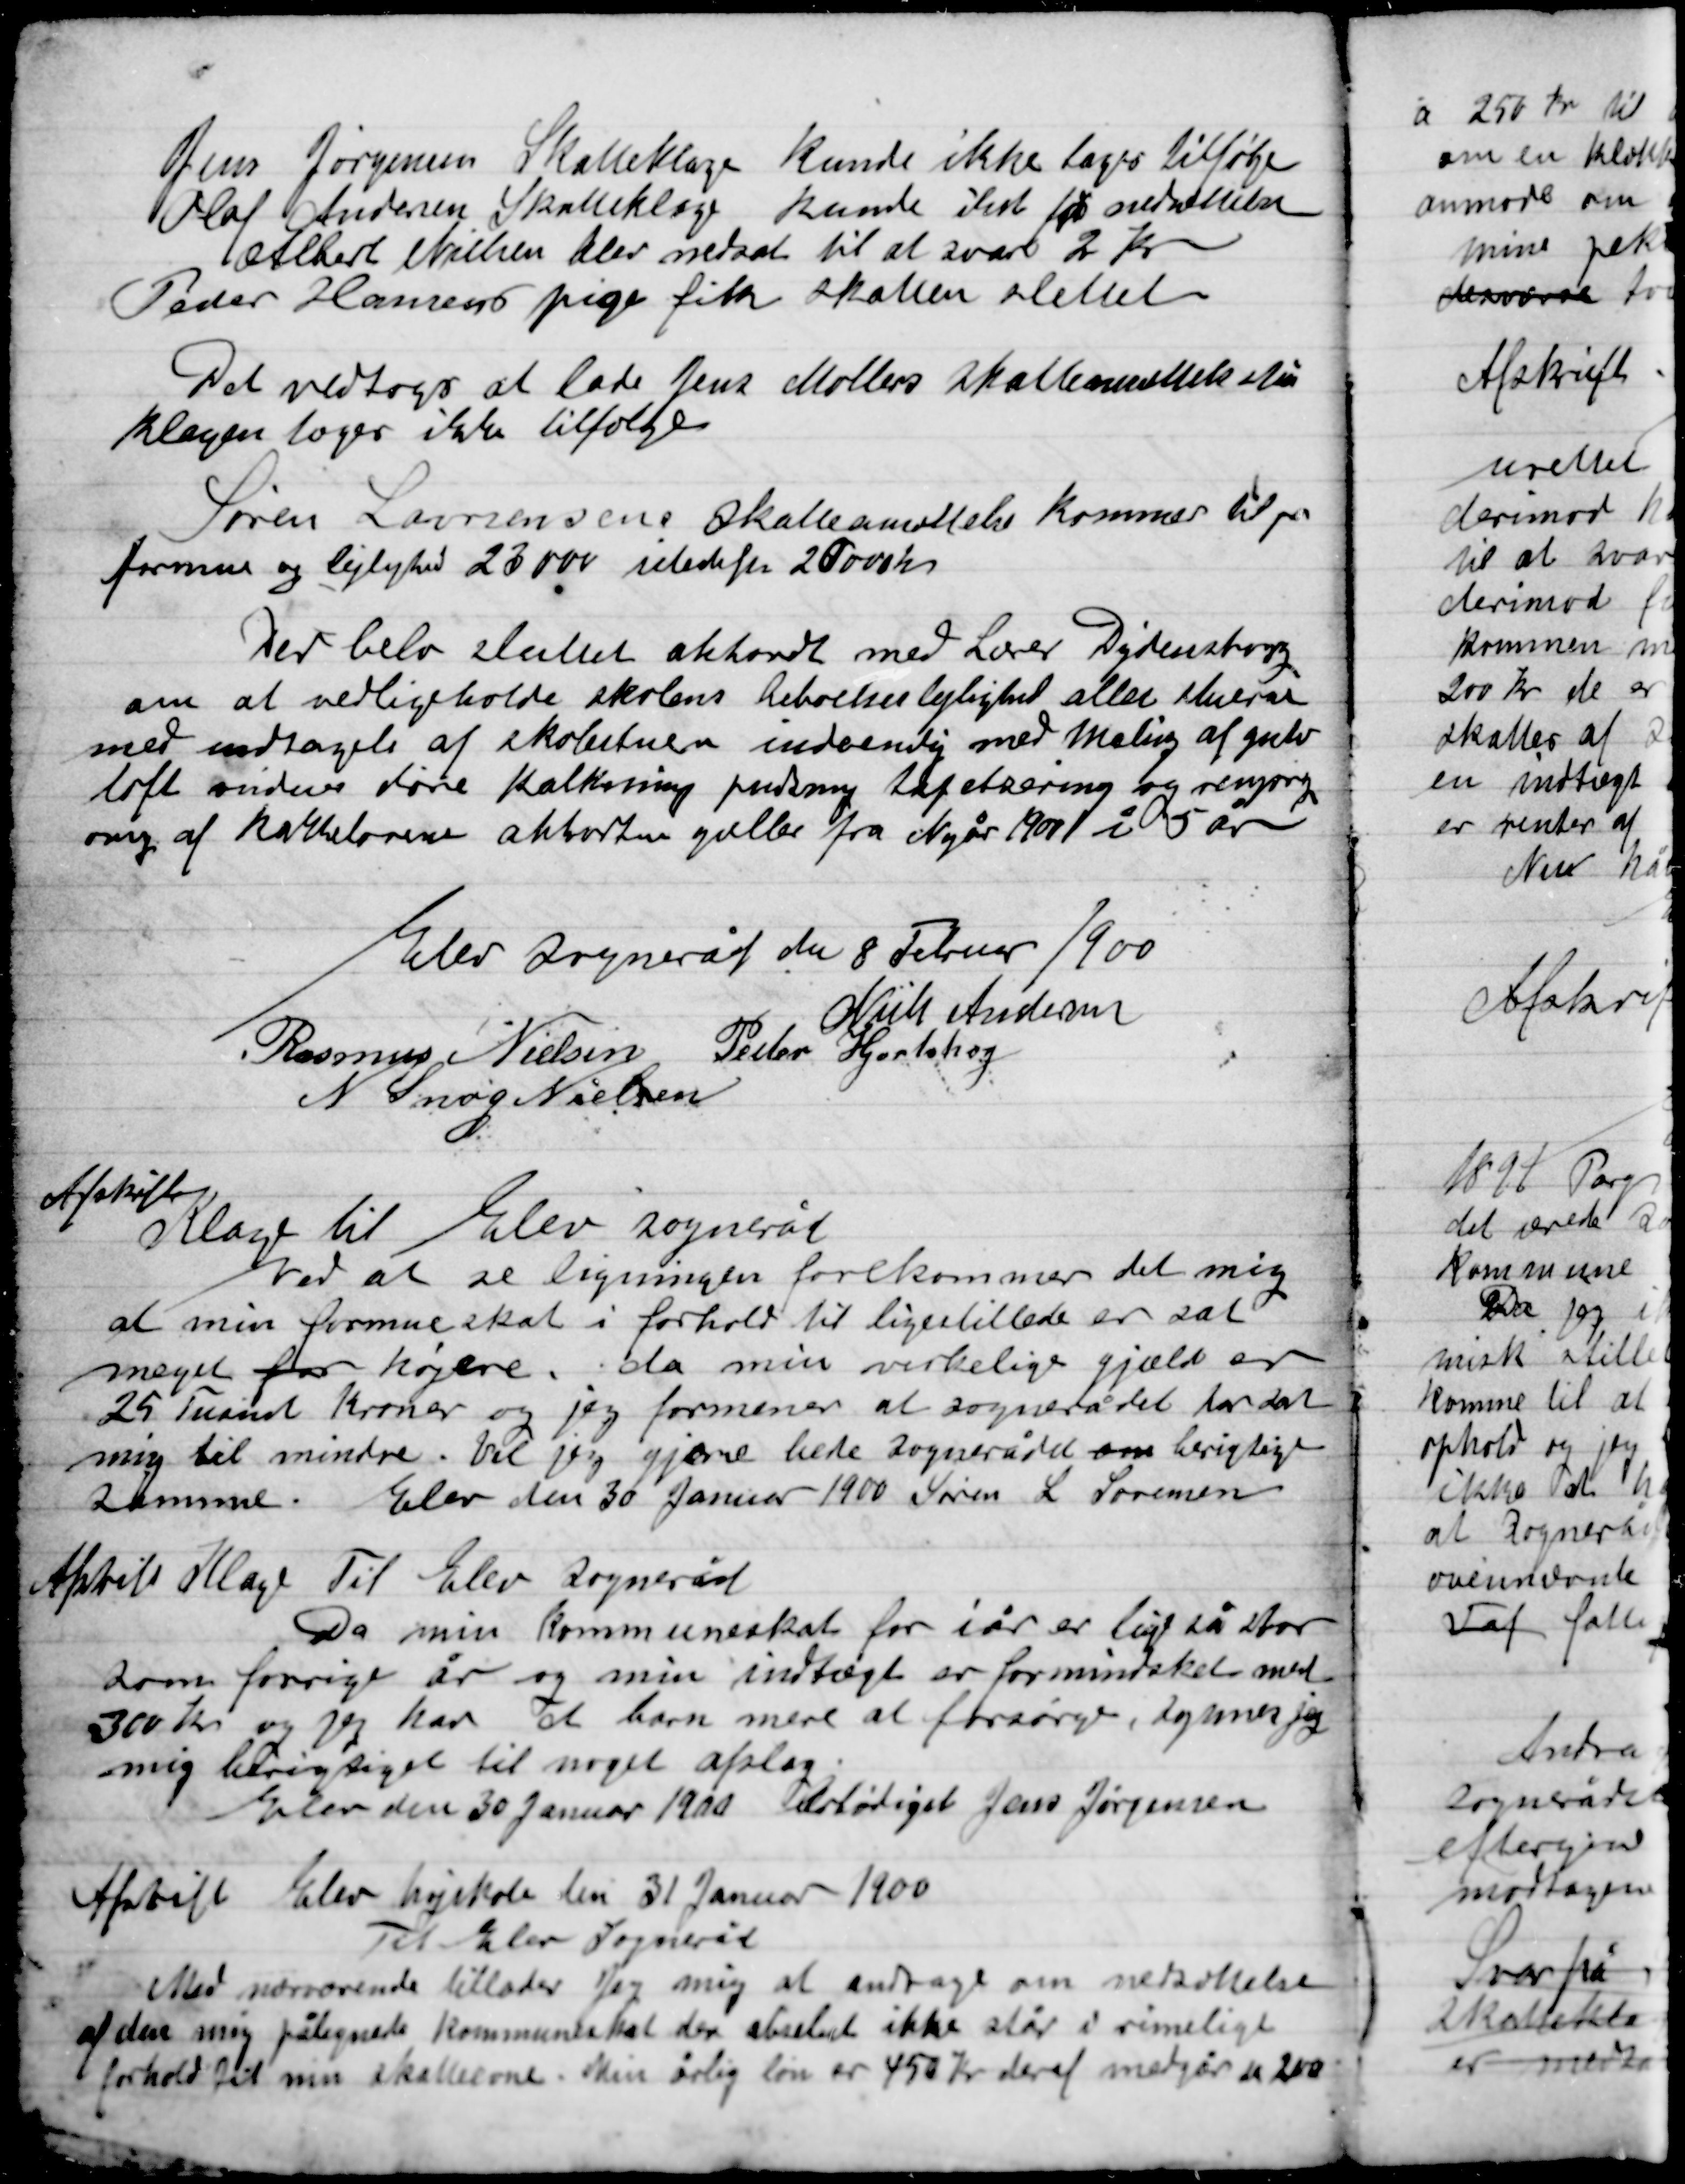
Transskription:
Jens Jørgensen Skatteklage Kunde ikke tages tilfølge
Olaf Andersens Skatteklage kunde ikke få nedsættelse
Albert Nielsen blev nedsat til at svare 2 Kr.
Peder Hansens pige fik skatten slettet
Det vedtoges at lade Jens Møllers skatteansættelse stå
Klagen tags ikke tilfølge
Søren Laurensens skatteansættelse kommer til pr
formue og lejlighed 23000 i stedet for 20000 Kr.
Der blev sluttet akkord med Lærer Dydensborg
Om at vedligeholde skolens beboelseslejlighed alle stuerne
Med undtagelse af skolestuen indvendig med maling af gulv
Loft vinduer døre kalkning pudsning tapetsering og rengøring
ovig af kakkelovnen akkorden gælder fra Nytår 1901 i 5 år.

Elev Sogneråd den 8 Februar 1900

Niels Andersen
Rasmus Nielsen
Peder Hjortshøj
N. Snog Nielsen

Afskrift
Klage til Elev Sogneråd
Ved at se Ligningen forekommer det mig
at min formueskat i forhold til ligestillede er sat
meget for højere. Så min virkelige gæld er
25 Tusinde Kroner og jeg formener at Sognerådet tar det
mig til mindre. Vil jeg gjerne bede Sognerådet om berigtige
Samme.
Elev den 30 Januar 1900. Søren L. Sørensen

Afskrift	Klage til Elev Sogneråd
Da min kommuneskat for i år er lige så stor
som forrige år og min indtægt er formindsket med
360 Kr. og jeg har et barn mere at forsørge, synes jeg
mig berigtiget til noget afslag.
Elev den 30 Januar 1900 Ærbødigst Jens Jørgensen

Afskrift 	Elev højskole dem 31 Januar 1900
Til Elev sogneråd
Med nærværende tillader jeg mig at andrage om nedsættelse
af den mig pålignede kommuneskat den absolut ikke står i rimeligt
forhold til min skattevne. Min årlige løn er 450 Kr. deraf medgår da 200